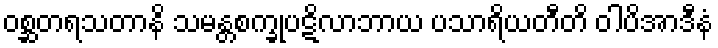
ဝစ္ဆတရသတာနိ သမန္တစက္ခုပဋိလာဘာယ ပသာရိယတီတိ ဝါပိအာဒီနံ